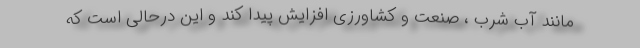
مانند آب شرب ، صنعت و کشاورزی افزایش پیدا کند و این درحالی است که